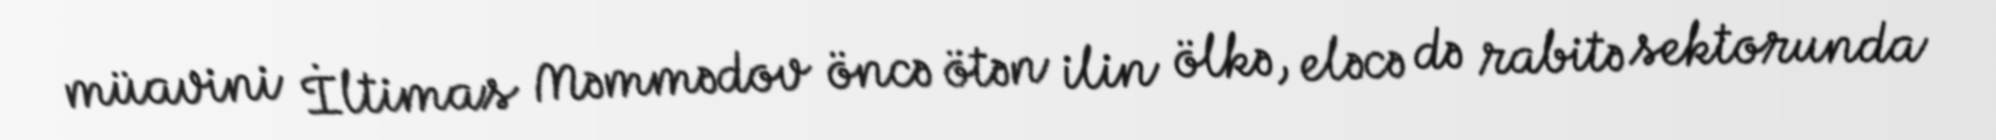
müavini İltimas Məmmədov öncə ötən ilin ölkə, eləcə də rabitə sektorunda